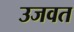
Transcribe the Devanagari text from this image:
उजवत